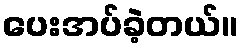
ပေးအပ်ခဲ့တယ်။